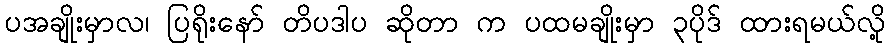
ပအချိုးမှာလ၊ ပြရိုးနော် တိပဒါပ ဆိုတာ က ပထမချိုးမှာ ၃ပိုဒ် ထားရမယ်လို့